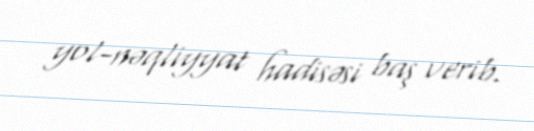
yol-nəqliyyat hadisəsi baş verib.